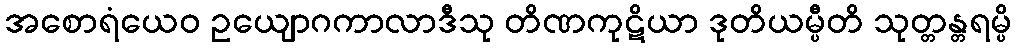
အစောရံယေဝ ဥယျောဂကာလာဒီသု တိဏကုဋိယာ ဒုတိယမ္ပီတိ သုတ္တန္တရမ္ပိ